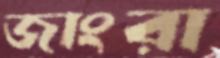
জাংরা